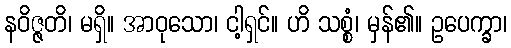
နဝိဇ္ဇတိ၊ မရှိ။ အာဝုသော၊ ငါ့ရှင်။ ဟိ သစ္စံ၊ မှန်၏။ ဥပေက္ခာ၊